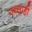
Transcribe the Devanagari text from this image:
उत्‍साही